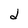
Character: d